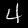
Label: 4